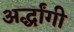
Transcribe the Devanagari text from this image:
अर्द्धांगी